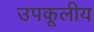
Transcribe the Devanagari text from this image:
उपकूलीय